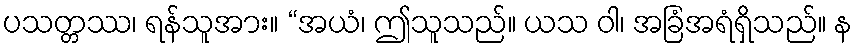
ပသတ္တဿ၊ ရန်သူအား။ “အယံ၊ ဤသူသည်။ ယသ ဝါ၊ အခြံအရံရှိသည်။ န